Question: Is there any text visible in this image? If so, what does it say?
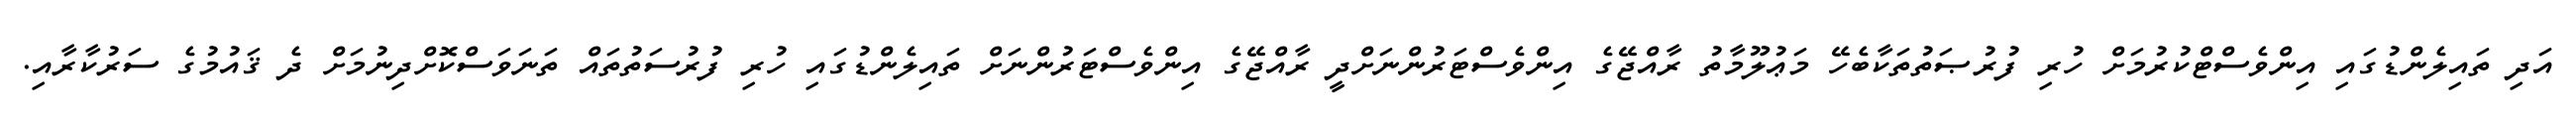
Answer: އަދި ތައިލެންޑުގައި އިންވެސްޓްކުރުމަށް ހުރި ފުރުޞަތުތަކާބެހޭ މަޢުލޫމާތު ރާއްޖޭގެ އިންވެސްޓަރުންނަށްދީ ރާއްޖޭގެ އިންވެސްޓަރުންނަށް ތައިލެންޑުގައި ހުރި ފުރުސަތުތައް ތަނަވަސްކޮށްދިނުމަށް ދެ ޤައުމުގެ ސަރުކާރާއި.